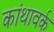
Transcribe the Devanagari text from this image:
कांथावर्क